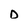
Character: D